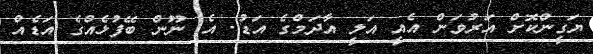
ޔަގީންކޮށް އަރުވަން އެއީ އަލީ އާދަމްގެ އަޑު. އެ ނޫން ބޭފުޅެއްގެ އަޑެއް